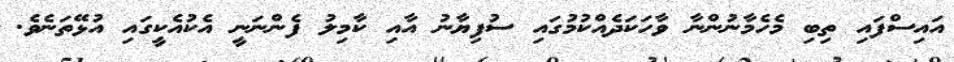
އައިސްފައި ތިބި މެހެމާނުންނާ ވާހަކަދެއްކުމުގައި ސުފިޔާނު އާއި ކާމިލު ފެންނަނީ އެކުއެކީގައި އުޅޭތަނެވެ.